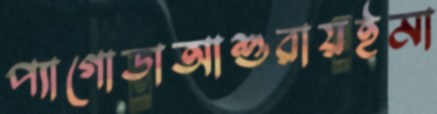
প্যাগোডাআশুরায়ইমা